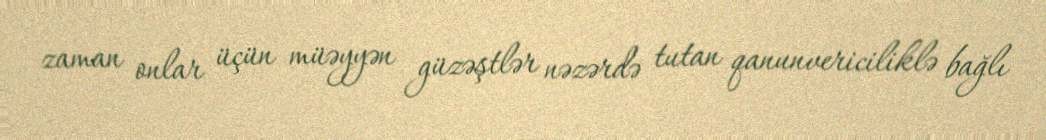
zaman onlar üçün müəyyən güzəştlər nəzərdə tutan qanunvericiliklə bağlı